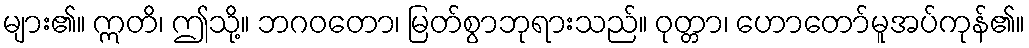
များ၏။ ဣတိ၊ ဤသို့။ ဘဂဝတော၊ မြတ်စွာဘုရားသည်။ ဝုတ္တာ၊ ဟောတော်မူအပ်ကုန်၏။